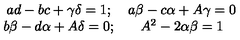
\begin{array} { c c } { a d - b c + \gamma \delta = 1 ; } & { a \beta - c \alpha + A \gamma = 0 } \\ { b \beta - d \alpha + A \delta = 0 ; } & { A ^ { 2 } - 2 \alpha \beta = 1 } \\ \end{array}